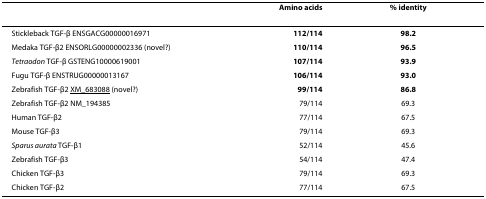
<table><thead><tr><td>[EMPTY_CELL]</td><td><b>Amino acids</b></td><td><b>% identity</b></td></tr></thead><tbody><tr><td>Stickleback TGF-β ENSGACG00000016971</td><td><b>112/114</b></td><td><b>98.2</b></td></tr><tr><td>Medaka TGF-β2 ENSORLG00000002336 (novel?)</td><td><b>110/114</b></td><td><b>96.5</b></td></tr><tr><td><i>Tetraodon </i>TGF-β GSTENG10000619001</td><td><b>107/114</b></td><td><b>93.9</b></td></tr><tr><td>Fugu TGF-β ENSTRUG00000013167</td><td><b>106/114</b></td><td><b>93.0</b></td></tr><tr><td>Zebrafish TGF-β2 XM_683088 (novel?)</td><td><b>99/114</b></td><td><b>86.8</b></td></tr><tr><td>Zebrafish TGF-β2 NM_194385</td><td>79/114</td><td>69.3</td></tr><tr><td>Human TGF-β2</td><td>77/114</td><td>67.5</td></tr><tr><td>Mouse TGF-β3</td><td>79/114</td><td>69.3</td></tr><tr><td><i>Sparus aurata </i>TGF-β1</td><td>52/114</td><td>45.6</td></tr><tr><td>Zebrafish TGF-β3</td><td>54/114</td><td>47.4</td></tr><tr><td>Chicken TGF-β3</td><td>79/114</td><td>69.3</td></tr><tr><td>Chicken TGF-β2</td><td>77/114</td><td>67.5</td></tr></tbody></table>